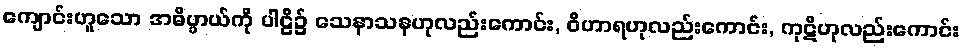
ကျောင်းဟူသော အဓိပ္ပာယ်ကို ပါဠိ၌ သေနာသနဟုလည်းကောင်း, ဝိဟာရဟုလည်းကောင်း, ကုဋိဟုလည်းကောင်း